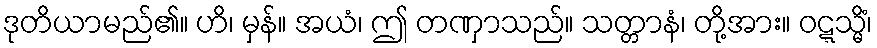
ဒုတိယာမည်၏။ ဟိ၊ မှန်။ အယံ၊ ဤ တဏှာသည်။ သတ္တာနံ၊ တို့အား။ ဝဋ္ဋသ္မိံ၊